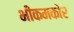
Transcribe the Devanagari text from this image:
भीकमकोर